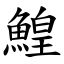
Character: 鰉